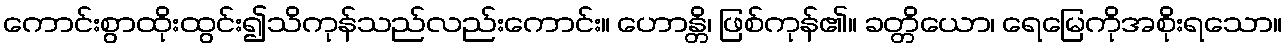
ကောင်းစွာထိုးထွင်း၍သိကုန်သည်လည်းကောင်း။ ဟောန္တိ၊ ဖြစ်ကုန်၏။ ခတ္တိယော၊ ရေမြေကိုအစိုးရသော။